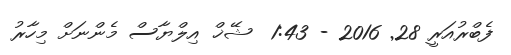
ފެބްރުއަރީ 28